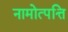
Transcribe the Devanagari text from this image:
नामोत्पत्ति